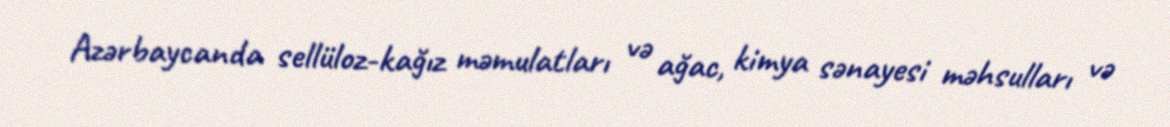
Azərbaycanda sellüloz-kağız məmulatları və ağac, kimya sənayesi məhsulları və